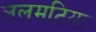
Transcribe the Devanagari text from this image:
ललमटिया